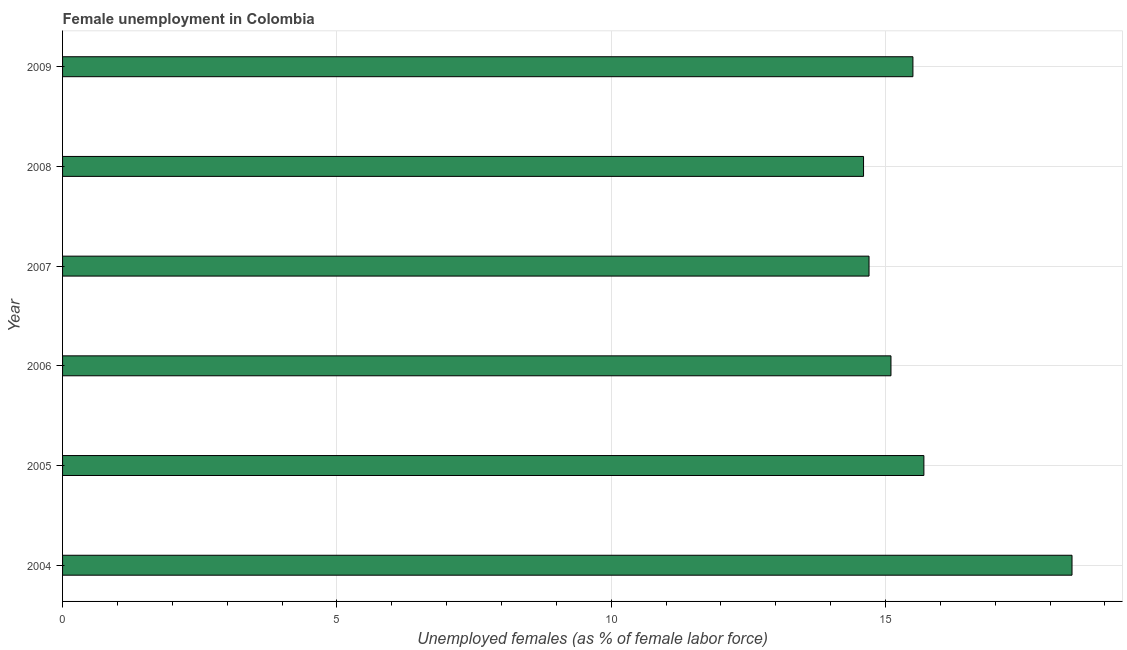
| Year | Unemployment |
 | --- | --- |
 | 2004 | 18.4 |
 | 2005 | 15.7 |
 | 2006 | 15.1 |
 | 2007 | 14.7 |
 | 2008 | 14.6 |
 | 2009 | 15.5 |